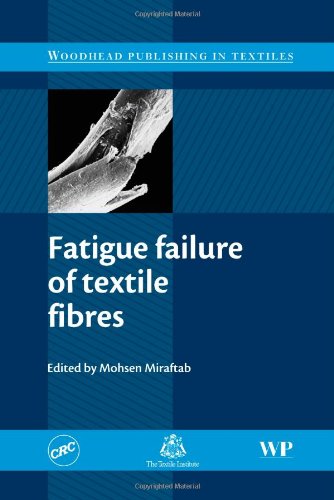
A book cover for Fatigue Failure of Textile Fibres (Woodhead Publishing Series in Textiles); Engineering & Transportation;